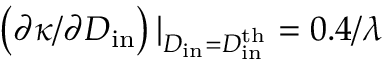
\left( \partial \kappa / \partial D _ { \mathrm { i n } } \right) \vert _ { D _ { \mathrm { i n } } = D _ { \mathrm { i n } } ^ { \mathrm { t h } } } = 0 . 4 / \lambda